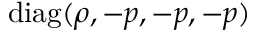
\mathrm { d i a g } ( \rho , - p , - p , - p )